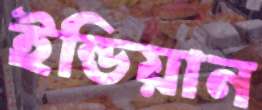
ইন্ডিয়ান